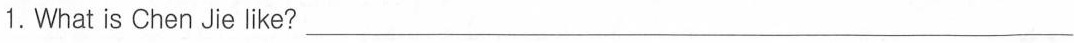
1.What is Chen Jie like? ___